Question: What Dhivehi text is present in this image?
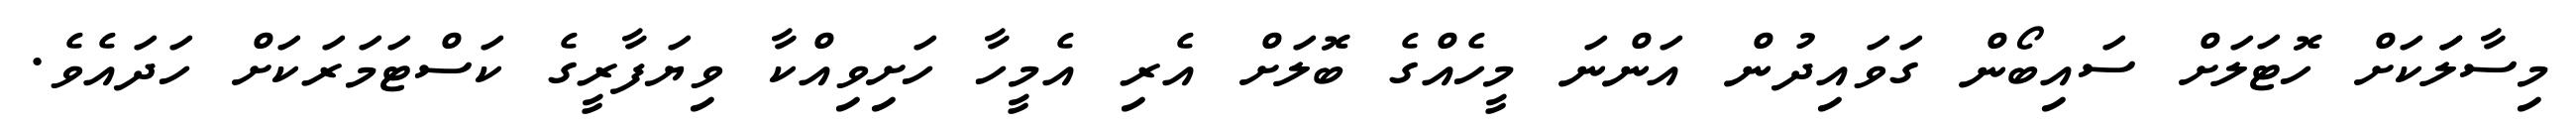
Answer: މިސާލަަކަށް ހޮޓަލަށް ސައިބޯން ގަވައިދުން އަންނަ މީހެއްގެ ބޮލަށް އެރި އެމީހާ ހަށިވިއްކާ ވިޔަފާރީގެ ކަސްޓަމަރަކަށް ހަދައެވެ.